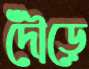
দৌঁড়ে